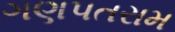
ગણપતરામ